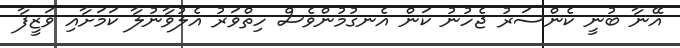
އޭނާ ބުނީ ކެންސަރު ޖެހުނު ކަން އެނގުމުންވެސް ހިތްވަރު އެލުވާނުލާ ކަމަށާއި ވަޒީފާ